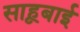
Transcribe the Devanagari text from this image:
साहूबाई